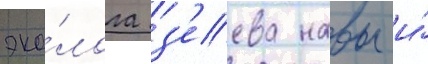
эко́лога з'еева навы и́